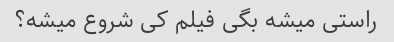
راستی میشه بگی فیلم کی شروع میشه؟